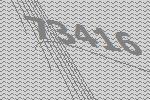
73416